Calcutta medical institutions reports 1871-78
Year: 1871
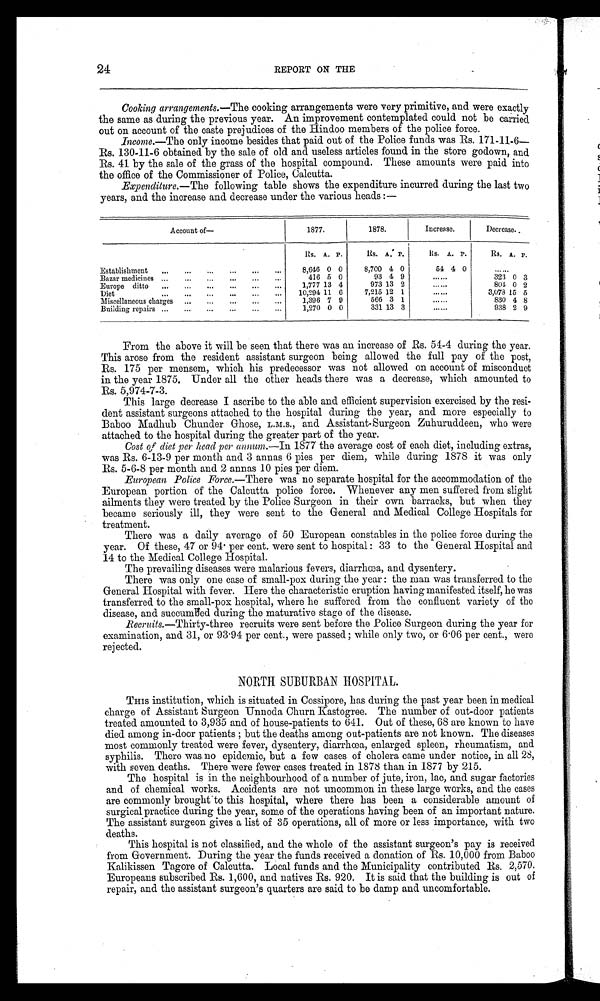
24
REPORT ON THE
Cooking arrangements .—The cooking arrangements were very primitive, and were exactly
the same as during the previous year. An improvement contemplated could not be carried
out on account of the caste prejudices of the Hindoo members of the police force.
Income .—The only income besides that paid out of the Police funds was Rs. 171-11-6—
Rs. 130-11-6 obtained by the sale of old and useless articles found in the store godown, and
Rs. 41 by the sale of the grass of the hospital compound. These amounts were paid into
the office of the Commissioner of Police, Calcutta.
Expenditure.—The following table shows the expenditure incurred during the last two
years, and the increase and decrease under the various heads:—
Account of—
1877.
1878.
Increase.
Decrease.
Rs. A. P.
Rs. A. P. Rs. A. P.
Rs. A. P .
Establishment
8,646 0 0
8,700 4 0
54 4 0
. . . . . .
Bazar medicines
416 5 0
93 4 9
. . . . . .
323 0 3
Europe ditto
1,777 13 4
973 13 2
.. . . . .
804 0 2
Diet
10,294 11 6
7,215 12 1
.. . . . .
3,073 15 5
Miscellaneous charges
1,396 7 9
566 3 1
. . . . . .
830 4 8
Building repairs
1,270 0 0
331 13 3
. . . . . .
938 2 9
From the above it will be seen that there was an increase of Rs. 54-4 during the year.
This arose from the resident assistant surgeon being allowed the full pay of the post,
Rs. 175 per mensem, which his predecessor was not allowed on account of misconduct
in the year 1875. Under all the other heads there was a decrease, which amounted to
Rs. 5,974-7-3.
This large decrease I ascribe to the able and efficient supervision exercised by the resi-
dent assistant surgeons attached to the hospital during the year, and more especially to
Baboo Madhub Chunder Ghose, L.M.S., and Assistant-Surgeon Zuhuruddeen, who were
attached to the hospital during the greater part of the year.
Cost of diet per head per annum .—In 1877 the average cost of each diet, including extras,
was Rs. 6-13-9 per month and 3 annas 6 pies per diem, while during 1878 it was only
Rs. 5-6-8 per month and 2 annas 10 pies per diem.
European Police Force.—There was no separate hospital for the accommodation of the
European portion of the Calcutta police force. Whenever any men suffered from slight
ailments they were treated by the Police Surgeon in their own barracks, but when they
became seriously ill, they were sent to the General and Medical College Hospitals for
treatment.
There was a daily average of 50 European constables in the police force during the
year. Of these, 47 or 94 per cent. were sent to hospital: 33 to the General Hospital and
14 to the Medical College Hospital.
The prevailing diseases were malarious fevers, diarrhœa, and dysentery.
There was only one case of small-pox during the year: the man was transferred to the
General Hospital with fever. Here the characteristic eruption having manifested itself, he was
transferred to the small-pox hospital, where he suffered from the confluent variety of the
disease, and succumbed during the maturative stage of the disease.
Recruits.—Thirty-three recruits were sent before the Police Surgeon during the year for
examination, and 31, or 93.94 per cent., were passed; while only two, or 6.06 per cent., were
rejected.
NORTH SUBURBAN HOSPITAL.
This institution, which is situated in Cossipore, has during the past year been in medical
charge of Assistant Surgeon Unnoda Churn Kastogree. The number of out-door patients
treated amounted to 3,935 and of house-patients to 641. Out of these, 68 are known to have
died among in-door patients; but the deaths among out-patients are not known. The diseases
most commonly treated were fever, dysentery, diarrhœa, enlarged spleen, rheumatism, and
syphilis. There was no epidemic, but a few cases of cholera came under notice, in all 28,
with seven deaths. There were fewer cases treated in 1878 than in 1877 by 215.
The hospital is in the neighbourhood of a number of jute, iron, lac, and sugar factories
and of chemical works. Accidents are not uncommon in these large works, and the cases
are commonly brought to this hospital, where there has been a considerable amount of
surgical practice during the year, some of the operations having been of an important nature.
The assistant surgeon gives a list of 35 operations, all of more or less importance, with two
deaths.
This hospital is not classified, and the whole of the assistant surgeon's pay is received
from Government. During the year the funds received a donation of Rs. 10,000 from Baboo
Kalikissen Tagore of Calcutta. Local funds and the Municipality contributed Rs. 2,570.
Europeans subscribed Rs. 1,600, and natives Rs. 920. It is said that the building is out of
repair, and the assistant surgeon's quarters are said to be damp and uncomfortable.